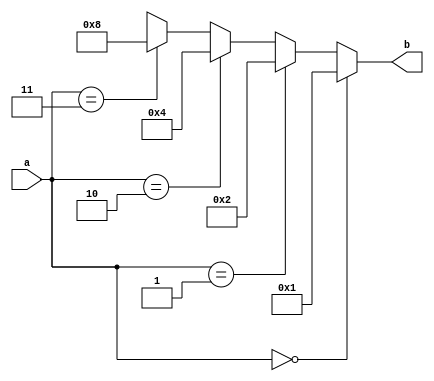
module decoder(
a,
b
);

input [1:0] a;
output reg [3:0] b;

always @(*)begin
    if(a == 2'b00) begin
        b <= 4'b0001;
    end
    else if(a == 2'b01) begin
        b <= 4'b0010;
    end
    else if(a == 2'b10) begin
        b <= 4'b0100;
    end
    else if(a == 2'b11) begin
        b <= 4'b1000;
    end
    else b <= 4'bxxxx;
    end

endmodule